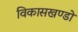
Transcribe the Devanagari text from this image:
विकासखण्डो